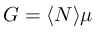
G = \langle N \rangle \mu